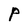
Character: P